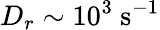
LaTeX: D_{r}\sim 10^{3}~\mathrm{s^{-1}}